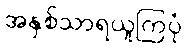
အနှစ်သာရယူကြပုံ